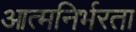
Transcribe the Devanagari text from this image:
आत्‍मनिर्भरता